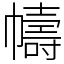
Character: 幬